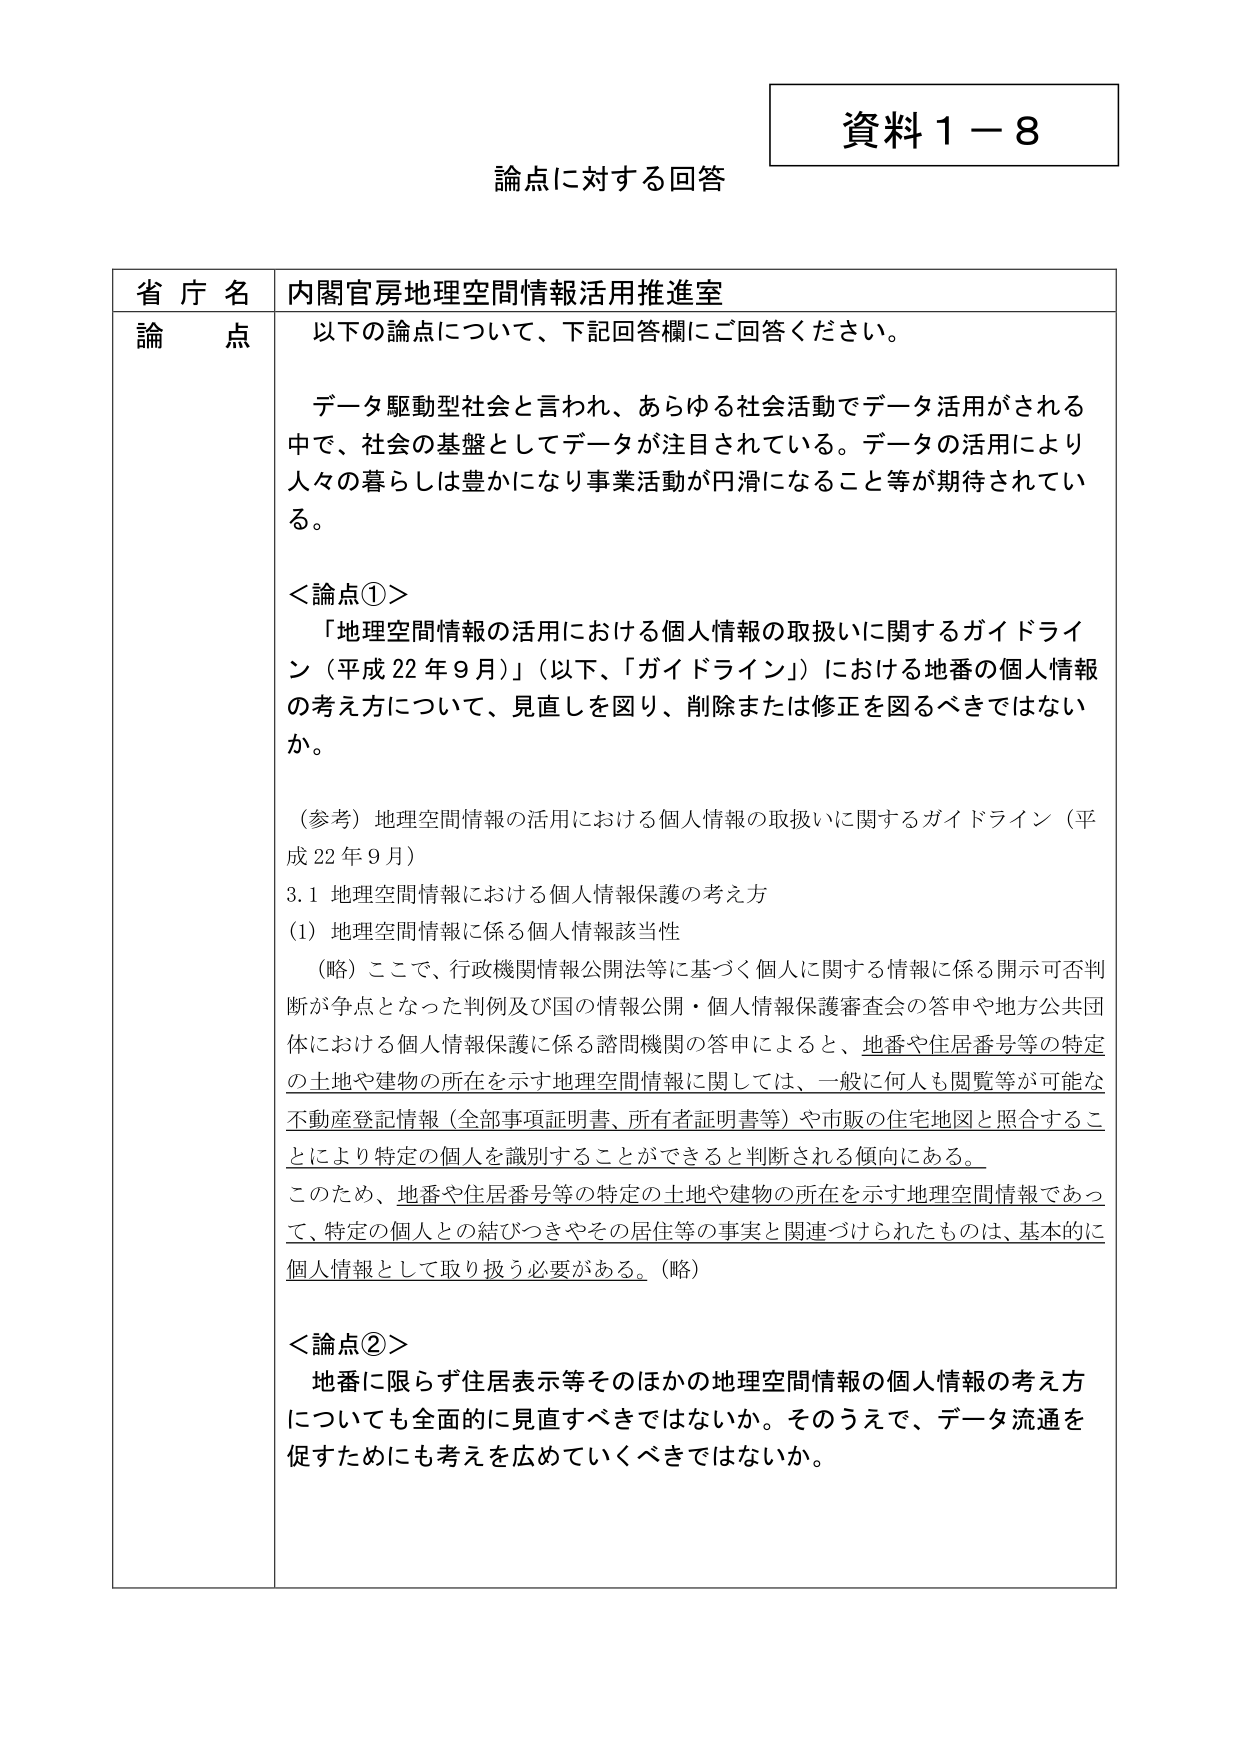
資料１－８
論点に対する回答

省庁名　内閣官房地理空間情報活用推進室
論点　以下の論点について、下記回答欄にご回答ください。

データ駆動型社会と言われ、あらゆる社会活動でデータ活用がされる中で、社会の基盤としてデータが注目されている。データの活用により人々の暮らしは豊かになり事業活動が円滑になること等が期待されている。

＜論点①＞
「地理空間情報の活用における個人情報の取扱いに関するガイドライン（平成22年9月）」（以下、「ガイドライン」）における地番の個人情報の考え方について、見直しを図り、削除または修正を図るべきではないか。

（参考）地理空間情報の活用における個人情報の取扱いに関するガイドライン（平成22年9月）
3.1 地理空間情報における個人情報保護の考え方
(1) 地理空間情報に係る個人情報該当性
（略）ここで、行政機関情報公開法等に基づく個人に関する情報に係る開示可否判断が争点となった判例及び国の情報公開・個人情報保護審査会の答申や地方公共団体における個人情報保護に係る諮問機関の答申によると、地番や住居番号等の特定の土地や建物の所在を示す地理空間情報に関しては、一般に何人も閲覧等が可能な不動産登記情報（全部事項証明書、所有者証明書等）や市販の住宅地図と照合することにより特定の個人を識別することができると判断される傾向にある。
このため、地番や住居番号等の特定の土地や建物の所在を示す地理空間情報であって、特定の個人との結びつきやその居住等の事実と関連づけられたものは、基本的に個人情報として取り扱う必要がある。（略）

＜論点②＞
地番に限らず住居表示等そのほかの地理空間情報の個人情報の考え方についても全面的に見直すべきではないか。そのうえで、データ流通を促すためにも考えを広めていくべきではないか。